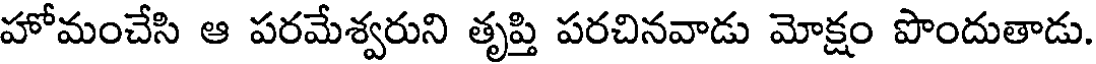
హోమంచేసి ఆ పరమేశ్వరుని తృప్తి పరచినవాడు మోక్షం పొందుతాడు.